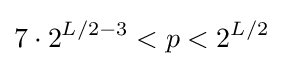
7\cdot 2^{L/2-3}<p<2^{L/2}